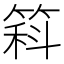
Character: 䈖